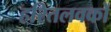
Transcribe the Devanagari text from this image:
हरितलवकों